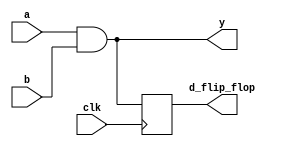
module combinational_sequential_example (
    input wire a,
    input wire b,
    input wire clk,
    output reg y,         // Output for combinational logic
    output reg d_flip_flop // Output for sequential logic
);

// Combinational Logic using always @*
always @* begin
    // Example: simple AND operation
    y = a & b; // Output y is the AND of inputs a and b
end

// Sequential Logic using always @(posedge clk)
always @(posedge clk) begin
    // Example: D Flip-Flop behavior
    d_flip_flop <= y; // On the rising edge of clk, update d_flip_flop with the value of y
end

endmodule